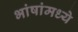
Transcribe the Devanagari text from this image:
भांषांमध्ये